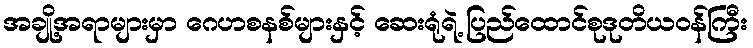
အချို့အရာများမှာ ဂေဟစနစ်များနှင့် ဆေးရုံရဲ့ ပြည်ထောင်စုဒုတိယဝန်ကြီး